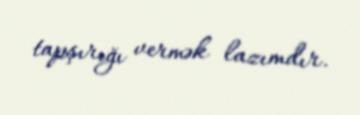
tapşırığı vermək lazımdır.